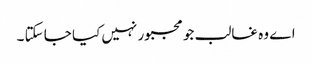
اے وہ غالب جو مجبور نہیں کیا جا سکتا ۔